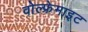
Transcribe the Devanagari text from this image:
वोल्फ्रेमाइट